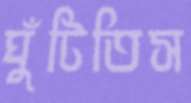
ঘুঁটিতিস